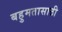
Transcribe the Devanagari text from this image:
बहुमतासाठी